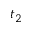
t _ { 2 }